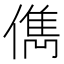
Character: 儁